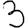
Digit: 3